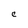
Character: C